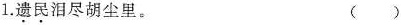
1.遗民泪尽胡尘里。 ()